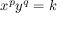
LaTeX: x ^ { p } y ^ { q } = k